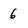
Character: 6